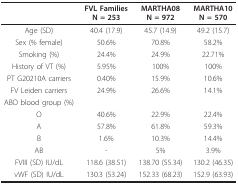
|  | FVL FamiliesN = 253 | MARTHA08N = 972 | MARTHA10N = 570 |
 | --- | --- | --- | --- |
 | Age (SD) | 40.4 (17.9) | 45.7 (14.9) | 49.2 (15.7) |
 | Sex (% female) | 50.6% | 70.8% | 58.2% |
 | Smoking (%) | 24.4% | 24.9% | 22.71% |
 | History of VT (%) | 5.95% | 100% | 100% |
 | PT G20210A carriers | 0.40% | 15.9% | 10.6% |
 | FV Leiden carriers | 24.9% | 26.6% | 14.1% |
 | ABO blood group (%) |  |  |  |
 | O | 40.6% | 22.9% | 22.4% |
 | A | 57.8% | 61.8% | 59.3% |
 | B | 1.6% | 10.3% | 14.4% |
 | AB | - | 5% | 3.9% |
 | FVIII (SD) IU/dL | 118.6 (38.51) | 138.70 (55.34) | 130.2 (46.35) |
 | vWF (SD) IU/dL | 130.3 (53.24) | 152.33 (68.23) | 152.9 (63.93) |